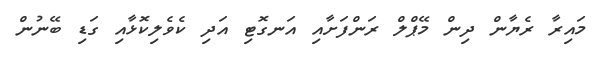
މައިރާ ރެޔާން ދިން މޭޕްލް ރަންފަށާއި އަނގޮޓި އަދި ކެވެލިކޮޅާއި ގަޑި ބޭނުން